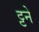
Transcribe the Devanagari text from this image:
ट्टने